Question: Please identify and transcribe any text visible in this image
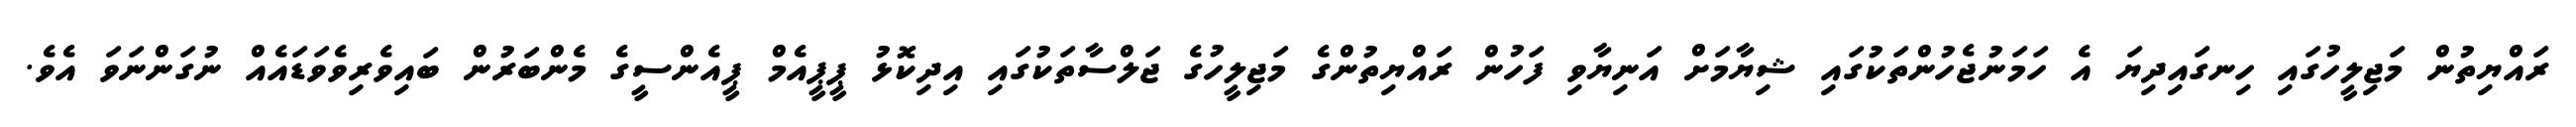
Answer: ރައްޔިތުން މަޖިލީހުގައި ހިނގައިދިޔަ އެ ހަމަނުޖެހުންތަކުގައި ޝިޔާމަށް އަނިޔާވި ފަހުން ރައްޔިތުންގެ މަޖިލީހުގެ ޖަލްސާތަކުގައި އިދިކޮޅު ޕީޕީއެމް ޕީއެންސީގެ މެންބަރުން ބައިވެރިވެވަޑައެއް ނުގަންނަވަ އެވެ.